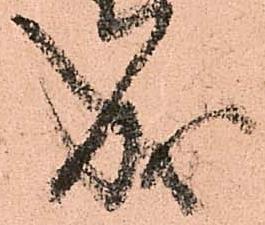
成